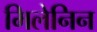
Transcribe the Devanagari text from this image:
मिलेनिन